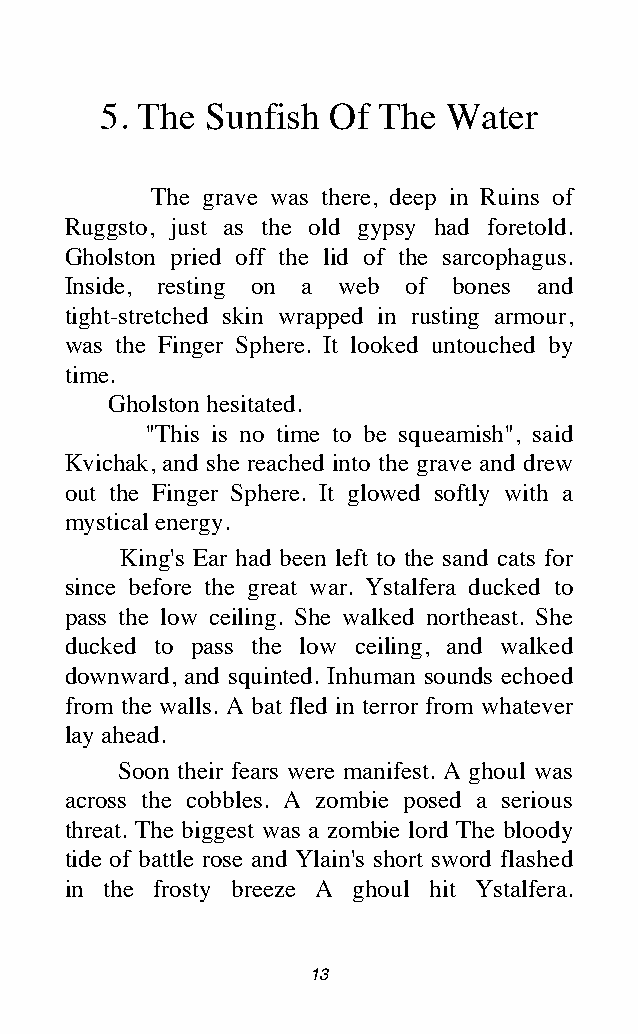
5. The Sunfish Of The  Water
 The grave was there, deep in Ruins of
 Ruggsto, just as the old gypsy had foretold.
 Gholston pried off the lid of the sarcophagus.
 Inside, resting on a web of bones and
 tight-stretched skin wrapped in rusting armour,
 was the Finger Sphere. It looked untouched by
 time.
 Gholston hesitated.
 "This is no time to be squeamish", said
 Kvichak, and she reached into the grave and drew
 out the Finger Sphere. It glowed softly with a
 mystical energy.
 King's Ear had been left to the sand cats for
 since before the great war. Ystalfera ducked to
 pass the low ceiling. She walked northeast. She
 ducked to pass the low ceiling, and walked
 downward, and squinted. Inhuman sounds echoed
 from the walls. A bat fled in terror from whatever
 lay ahead.
 Soon their fears were manifest. A ghoul was
 across the cobbles. A zombie posed a serious
 threat. The biggest was a zombie lord The bloody
 tide of battle rose and Ylain's short sword flashed
 in the frosty breeze A ghoul hit Ystalfera.
 13